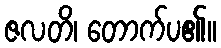
ဇလတိ၊ တောက်ပ၏။